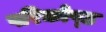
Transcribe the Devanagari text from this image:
परिकोष्‍ठ